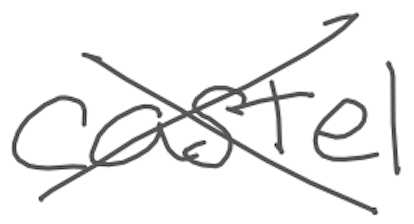
Text: castle
Cross-out: cross
Writing tool: digital_gray